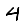
Digit: 4